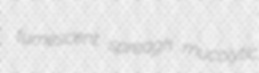
tumescent spreagh mucolytic